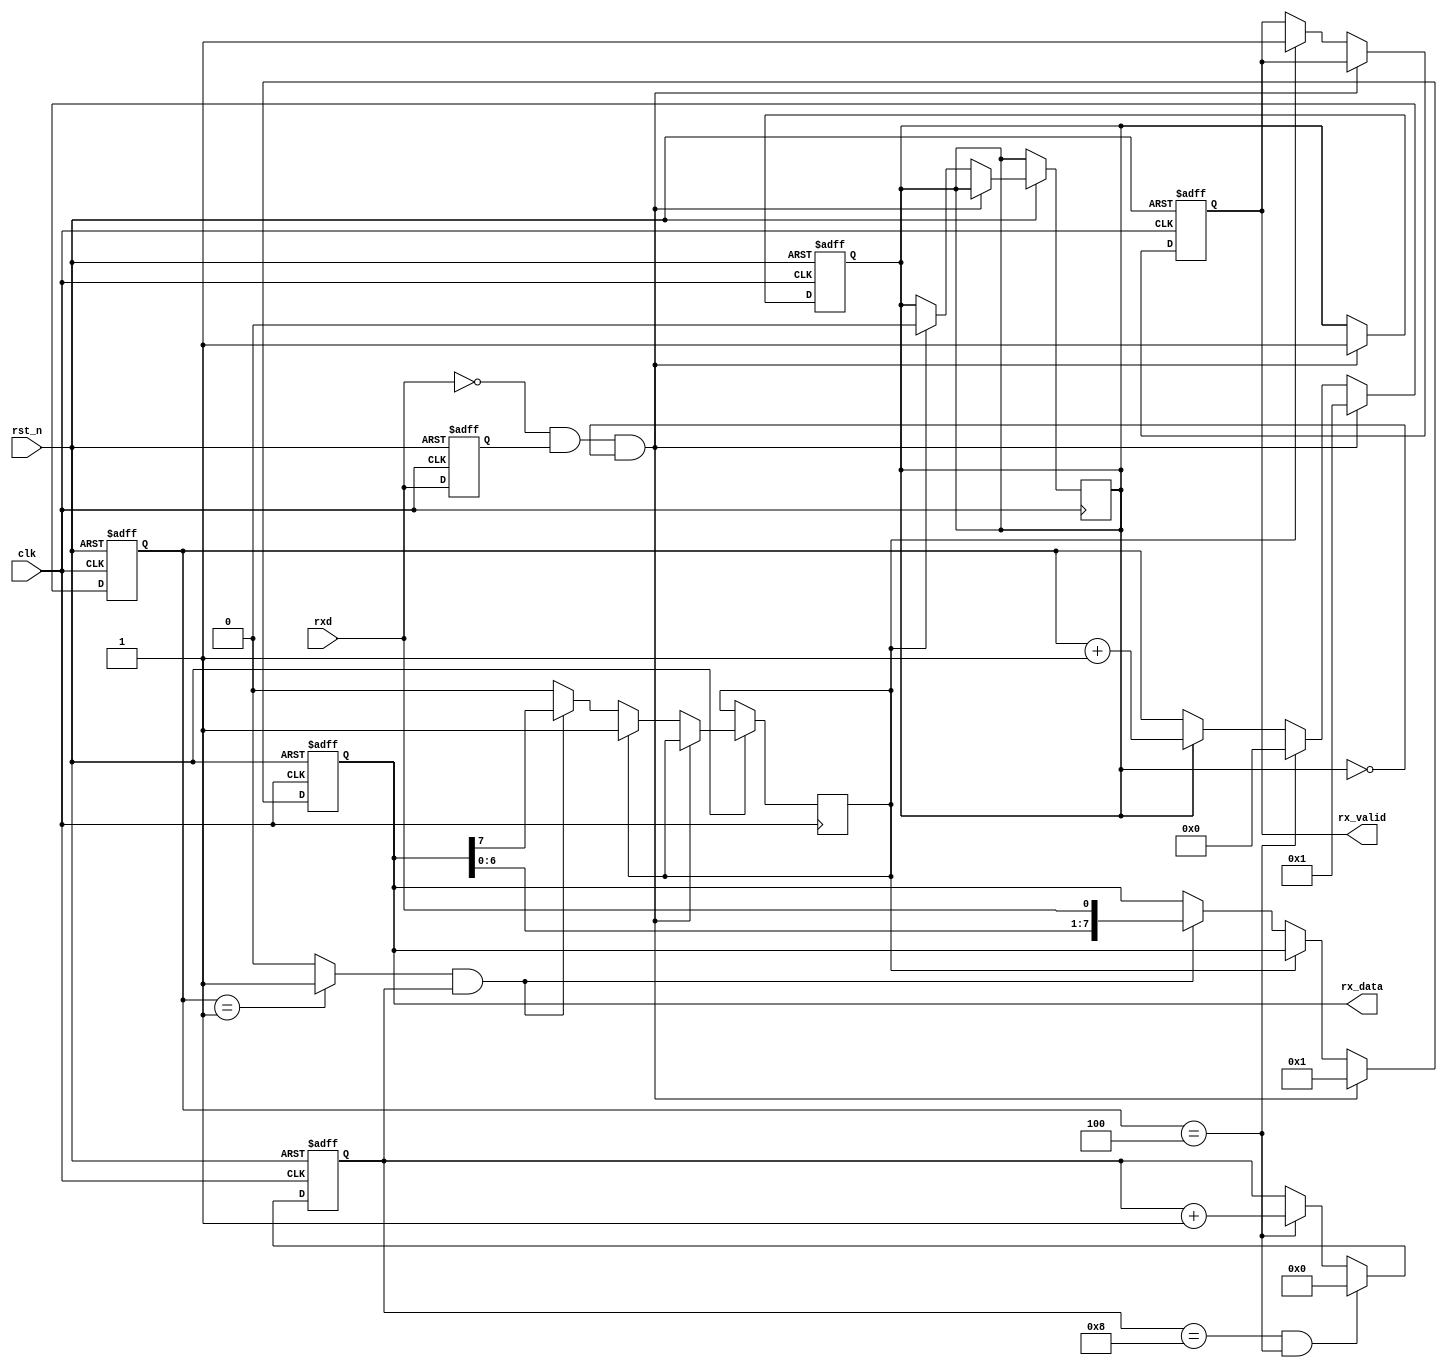
module uart_rx#(
	parameter CLK_FREQ = 48000,
	parameter BAUD = 9600
)
(
	input clk,
	input rst_n,
	input rxd,
	output reg[7:0] rx_data,
	output reg rx_valid
);

	reg rxd_delay;
	reg [15:0] rx_sample_cntr;
	reg [3:0] rx_cntr;
	reg rx_stop;
	reg rx_busy;
	wire rx_start;
	wire rx_do_sample;

	parameter 	BAUD_DIVIDOR = CLK_FREQ / BAUD;

	//start_detect
	assign rx_start = ~rxd & rxd_delay;
	always@(posedge clk or negedge rst_n)begin
		if(!rst_n)
			rxd_delay <= 1'b0;
		else
			rxd_delay <= rxd;
	end
	//baudrate_counter
	assign rx_do_sample = (rx_sample_cntr == (BAUD_DIVIDOR/2)-1) ? 1'b1 : 1'b0;
	always@(posedge clk or negedge rst_n)begin
		if(!rst_n)begin
			rx_sample_cntr <= 16'h0;
			rx_busy <= 1'b0;
		end
		else if(rx_start && ~rx_busy)begin
			rx_sample_cntr <= 16'h1;
			rx_busy <= 1'b1;
		end
		else if(rx_sample_cntr == BAUD_DIVIDOR - 1)
			rx_sample_cntr <= 16'h0;
		else if(rx_busy)
			rx_sample_cntr <= rx_sample_cntr + 1; 
	end
	//rx_data_counter
	always@(posedge clk or negedge rst_n)begin
		if(!rst_n)
			rx_cntr <= 4'h0;
		else if(rx_cntr == 4'h8 && rx_sample_cntr == BAUD_DIVIDOR - 1)
			rx_cntr <= 4'h0;
		else if(rx_sample_cntr == BAUD_DIVIDOR - 1)
			rx_cntr <= rx_cntr + 1;
	end
	//rx_data_shifter
	always@(posedge clk or negedge rst_n)begin
		if(!rst_n)begin
			rx_data <= 8'd0;
			rx_valid <= 1'b0;
		end
		else if(rx_start && ~rx_busy)
			rx_data <= 8'h01;
		else if(rx_stop)begin
			rx_valid <= 1'b1;
			rx_busy <= 1'b0;
		end
		else if(rx_do_sample && rx_cntr)
			{rx_stop,rx_data[7:0]} <= {rx_data[7:0],rxd};
	end
	
endmodule